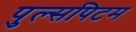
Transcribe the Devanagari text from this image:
पुल्सपिटम